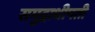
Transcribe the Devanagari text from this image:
समुद्राधीपती